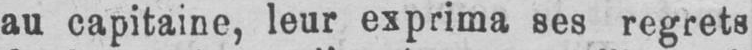
au capitaine, leur exprima ses regrets